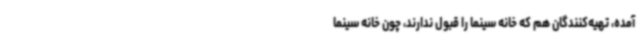
آمده‌، تهیه‌کنندگان هم که خانه سینما را قبول ندارند، چون خانه سینما